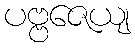
ပဗ္ဗဇေယျ